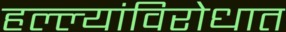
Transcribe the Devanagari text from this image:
हल्ल्यांविरोधात